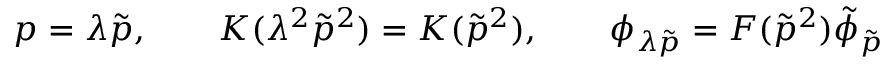
p = \lambda \tilde { p } , \qquad K ( \lambda ^ { 2 } \tilde { p } ^ { 2 } ) = { \cal K } ( \tilde { p } ^ { 2 } ) , \qquad \phi _ { \lambda \tilde { p } } = { \cal F } ( \tilde { p } ^ { 2 } ) \tilde { \phi } _ { \tilde { p } }